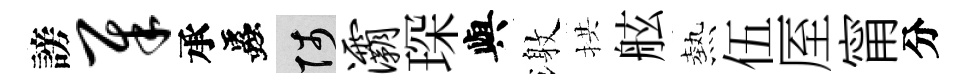
謗犀承蟲陟灞琛與激拱舷熱伍厔甯分